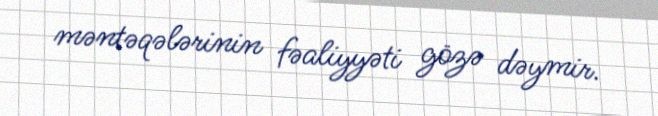
məntəqələrinin fəaliyyəti gözə dəymir.